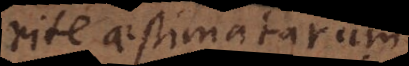
rite aestimatarum